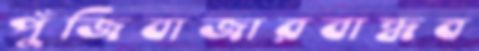
পুঁজিবাজারবান্ধব